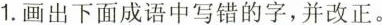
1.画出下面成语中写错的字，并改正。